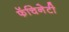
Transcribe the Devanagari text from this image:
फॅचिनेटी